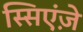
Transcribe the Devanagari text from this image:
स्सिएंज़े